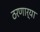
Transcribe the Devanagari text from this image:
ठरणार्या